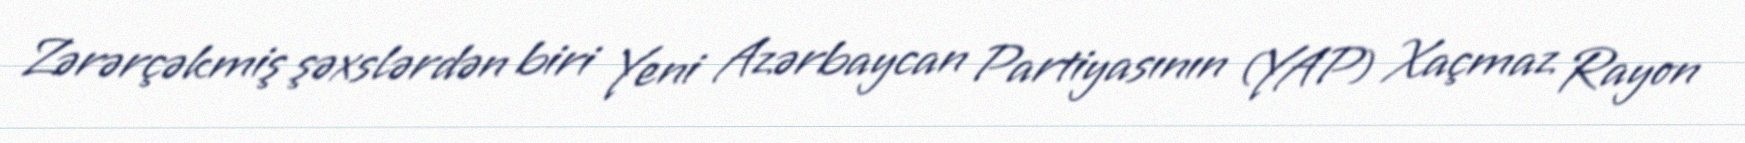
Zərərçəkmiş şəxslərdən biri Yeni Azərbaycan Partiyasının (YAP) Xaçmaz Rayon